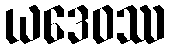
ယဒေဝဿ